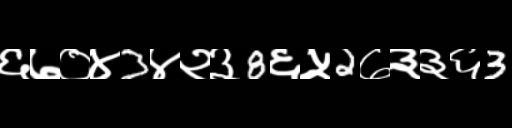
Text: ६७०४3४२३8६५2७३३६3